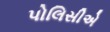
પોલિસીએ